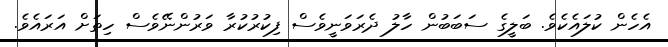
އެހެން ކުލައެކެވެ. ބަލީގެ ސަބަބުން ހާލު ދެރަވަނީވެސް ފިކުރުކުރާ ވަރުންނޭވެސް ހިތަށް އަރައެވެ.